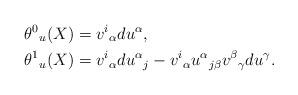
LaTeX: \begin{align*}\theta^0{}_u(X)&=v^i{}_\alpha du^\alpha,\\*\theta^1{}_u(X)&=v^i{}_\alpha du^\alpha{}_j-v^i{}_\alpha u^\alpha{}_{j\beta}v^\beta{}_\gamma du^\gamma.\end{align*}